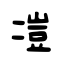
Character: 凒